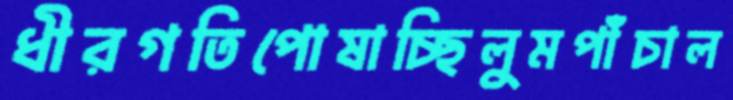
ধীরগতিপোষাচ্ছিলুমপাঁচাল